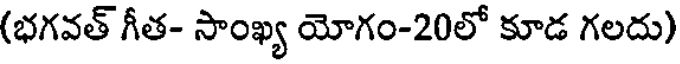
(భగవత్ గీత- సాంఖ్య యోగం-20లో కూడ గలదు)